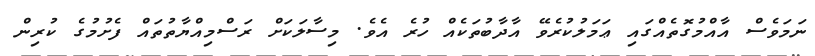
ނަމަވެސް އާއްމުގޮތެއްގައި ޢަމަލުކުރެވޭ އާދާބުތަކެއް ހުރެ އެވެ. މިސާލަކަށް ރަސްމިއްޔާތުތައް ފެށުމުގެ ކުރިން